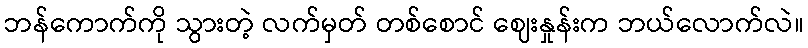
ဘန်ကောက်ကို သွားတဲ့ လက်မှတ် တစ်စောင် ဈေးနှုန်းက ဘယ်လောက်လဲ။